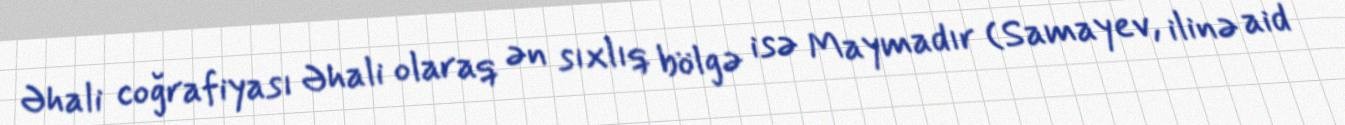
Əhali coğrafiyası Əhali olaraq ən sıxlıq bölgə isə Maymadır (Samayev, ilinə aid